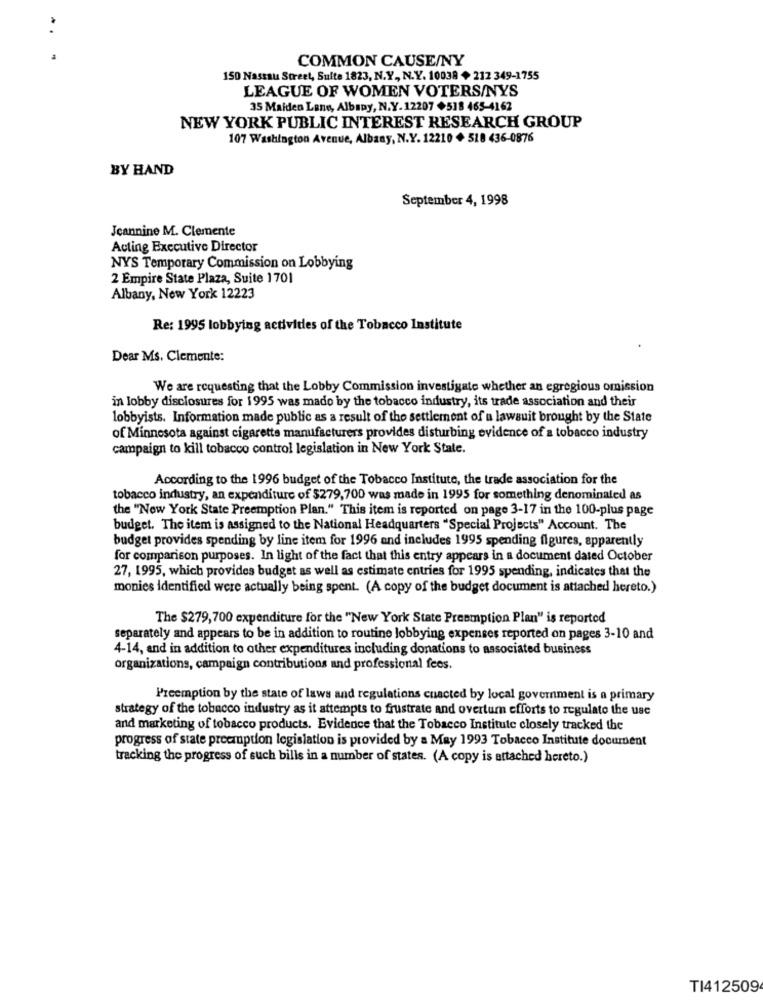
COMMON CAUSE/NY
150 Nassau Street, Sulte 1823, N.Y ., N.Y. 10038 + 212 349-1755
LEAGUE OF WOMEN VOTERS/NYS
35 Maiden Lane, Albany, N.Y. 12207 +518 465-4162
NEW YORK PUBLIC INTEREST RESEARCH GROUP
107 Washington Avenue, Albany, N.Y. 12210 + 518 436-0876
BY HAND
September 4, 1998
Jeannine M. Clemente
Acting Executive Director
NYS Temporary Commission on Lobbying
2 Empire State Plaza, Suite 1701
Albany, New York 12223
Re: 1995 lobbying activities of the Tobacco Institute
Dear Ms. Clemente:
We are requesting that the Lobby Commission investigate whether an egregious omission
in lobby disclosures for 1995 was made by the tobacco industry, its trade association and their
lobbyists. Information made public as a result of the settlement of a lawsuit brought by the State
of Minnesota against cigarette manufacturers provides disturbing evidence of a tobacco industry
campaign to kill tobacco control legislation in New York State.
According to the 1996 budget of the Tobacco Institute, the trade association for the
tobacco industry, an expenditure of $279,700 was made in 1995 for something denominated as
the "New York State Preemption Plan." This item is reported on page 3-17 in the 100-plus page
budget. The item is assigned to the National Headquarters "Special Projects" Account. The
budget provides spending by line item for 1996 and includes 1995 spending figures, apparently
for comparison purposes. In light of the fact that this entry appears in a document dated October
27, 1995, which provides budget as well as estimate entries for 1995 spending, indicates that the
monies identified were actually being spent. (A copy of the budget document is attached hereto.)
The $279,700 expenditure for the "New York State Preemption Plan" is reported
separately and appears to be in addition to routine lobbying expenses reported on pages 3-10 and
4-14, and in addition to other expenditures including donations to associated business
organizations, campaign contributions and professional fees.
Preemption by the state of laws and regulations cuacted by local government is a primary
strategy of the tobacco industry as it attempts to frustrate and overturn efforts to regulato the use
and marketing of tobacco products. Evidence that the Tobacco Institute closely tracked the
progress of state preemption legislation is provided by a May 1993 Tobacco Institute document
tracking the progress of such bills in a number of states. (A copy is attached hereto.)
TI412509